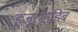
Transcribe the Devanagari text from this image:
हुजूरसाहिब